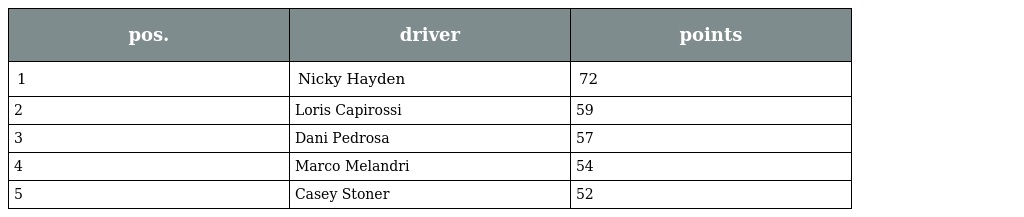
| pos. | driver | points |
 | --- | --- | --- |
 | 1 | Nicky Hayden | 72 |
 | 2 | Loris Capirossi | 59 |
 | 3 | Dani Pedrosa | 57 |
 | 4 | Marco Melandri | 54 |
 | 5 | Casey Stoner | 52 |